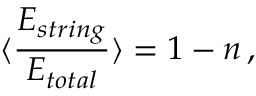
\langle \frac { E _ { s t r i n g } } { E _ { t o t a l } } \rangle = 1 - n \, ,